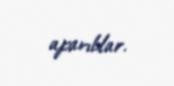
aparıblar.